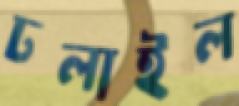
ঢলাইল